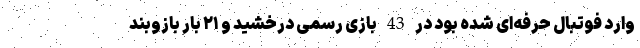
وارد فوتبال حرفه‌ای شده بود در 43 بازی رسمی درخشید و ۲۱ بار بازوبند